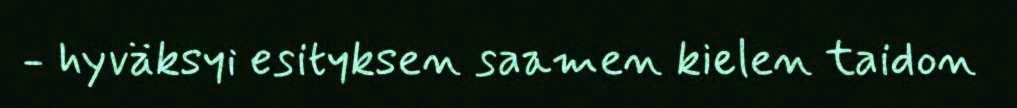
- hyväksyi esityksen saamen kielen taidon